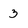
Character: 3